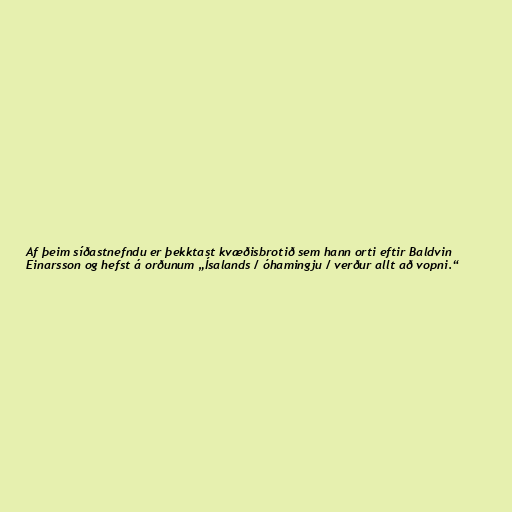
Af þeim síðastnefndu er þekktast kvæðisbrotið sem hann orti eftir Baldvin
Einarsson og hefst á orðunum „Ísalands / óhamingju / verður allt að vopni.“